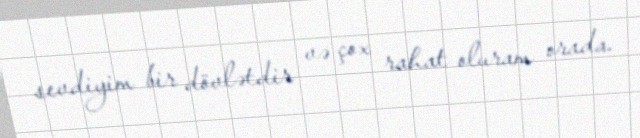
sevdiyim bir dövlətdir və çox rahat oluram orada.